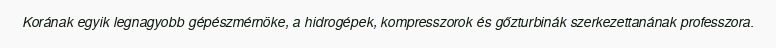
Korának egyik legnagyobb gépészmérnöke, a hidrogépek, kompresszorok és gőzturbinák szerkezettanának professzora.